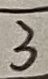
Text: 3